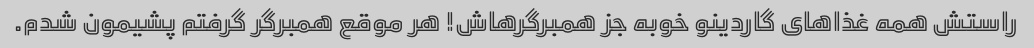
راستش همه غذاهای گاردینو خوبه جز همبرگرهاش! هر موقع همبرگر گرفتم پشیمون شدم.